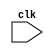
module mips(input clk);
	// Convention: The number ahead of a reg denotes the pipeline stage that that reg belonges to
	// Pipeline Stages: 0, 1, 2, 3, 4

	reg halt; // halt denotes whether the pipeline should be halted

	reg [31:0] pc0, instr_buff1, npc1, npc2;
	reg [31:0] a2, b2, b3, imm_data2; 
	reg [5:0] opcode2, opcode3, opcode4;
	reg [31:0] alu_out3, alu_out4, cond3;
	reg [31:0] lmd4;
	reg [4:0] rd2, rd3, rd4;

	reg [31:0] instruction_memory [0:1023];
	reg [31:0] data_memory [0:1023];
	reg [31:0] register_bank [0:31];

	// Define instruction types
	parameter ADD = 6'b100001, SUB = 6'b100010, AND = 6'b100100, OR = 6'b101000, SLT = 6'b110000, MUL = 6'b100000, HLT = 6'b111111;
	parameter LW = 6'b000011, SW = 6'b000110, ADDI = 6'b001110, SUBI = 6'b001101, SLTI = 6'b010000, BNEQZ = 6'b000111, BEQZ = 6'b011110;
	parameter NO_OP = 6'b000000;

	wire branch_taken;
	assign branch_taken = (opcode3 == BEQZ && cond3 == 1) || (opcode3 == BNEQZ && cond3 == 0);

	// Stage 0: Instruction Fetch
	always @(posedge clk)
	begin
		if (!halt)
		begin
			if (branch_taken)
			begin
				instr_buff1 <= NO_OP;
				pc0 <= alu_out3;
			end
			else if (instr_buff1[31:26] == HLT || opcode2 == HLT || opcode3 == HLT || opcode4 == HLT) 
				instr_buff1 <= NO_OP;
			else
			begin
				instr_buff1 <= instruction_memory[pc0];
				pc0 <= pc0 + 1;
				npc1 <= pc0 + 1;
			end
		end
	end

	// Stage 1: Instruction Decode
	always @(posedge clk)
	begin
		if (!halt)
		begin
			if (branch_taken || instr_buff1[31:26] == NO_OP) 
			begin
				opcode2 <= NO_OP;
			end
			else
			begin
				//$display("Inside %b", instr_buff1);
				opcode2 <= instr_buff1[31:26];
				rd2 <= instr_buff1[25:21]; 
				a2 <= register_bank[instr_buff1[20:16]];
				b2 <= register_bank[instr_buff1[15:11]];
				imm_data2 <= {{16 {instr_buff1[15]}}, {instr_buff1[15:0]}};
				npc2 <= npc1;
			end
		end
	end

	// Stage 2: Execute
	always @(posedge clk)
	begin
		if (!halt)
		begin
			if (branch_taken || opcode2 == NO_OP)
			begin
				opcode3 <= NO_OP;
			end
			else
			begin
				case (opcode2)
					ADD: alu_out3 <= a2 + b2;
					SUB: alu_out3 <= a2 - b2;
					AND: alu_out3 <= a2 & b2;
					OR: alu_out3 <= a2 | b2;
					SLT: alu_out3 <= a2 < b2;
					MUL: alu_out3 <= a2 * b2;
					LW: alu_out3 <= a2 + imm_data2;
					SW: alu_out3 <= a2 + imm_data2;
					ADDI: alu_out3 <= a2 + imm_data2;
					SUBI: alu_out3 <= a2 - imm_data2;
					SLTI: alu_out3 <= a2 < imm_data2;
					BNEQZ: begin alu_out3 <= npc2 + imm_data2; cond3 <= (a2 == 0); end
					BEQZ: begin alu_out3 <= npc2 + imm_data2; cond3 <= (a2 == 0); end
				endcase
				opcode3 <= opcode2;
				b3 <= b2;
				rd3 <= rd2;
			end
		end
	end

	// Stage 3: Memory Stage
	always @(posedge clk)
	begin
		if (!halt)
		begin
			if (opcode3 == NO_OP)
			begin
				opcode4 <= opcode3;
			end
			else
			begin
				case (opcode3)
					LW: lmd4 <= data_memory[alu_out3];
					SW: data_memory[alu_out3] <= b3;
				endcase
				alu_out4 <= alu_out3;
				rd4 <= rd3;
				opcode4 <= opcode3;
			end
		end
	end

	// Stage 4: Write Back Stage
	always @(posedge clk)
	begin
		if (!halt)
		begin
			if (opcode4 != NO_OP)
			begin
				case (opcode4)
					ADD: register_bank[rd4] <= alu_out4;
					SUB: register_bank[rd4] <= alu_out4;
					AND: register_bank[rd4] <= alu_out4;
					OR: register_bank[rd4] <= alu_out4;
					SLT: register_bank[rd4] <= alu_out4;
					MUL: register_bank[rd4] <= alu_out4;
					LW: register_bank[rd4] <= lmd4;
					ADDI: register_bank[rd4] <= alu_out4;
					SUBI: register_bank[rd4] <= alu_out4;
					SLTI: register_bank[rd4] <= alu_out4;
				endcase
				if (opcode4 == HLT) halt <= 1'b1;
			end
		end
	end

endmodule